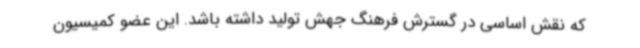
که نقش اساسی در گسترش فرهنگ جهش تولید داشته باشد. این عضو کمیسیون